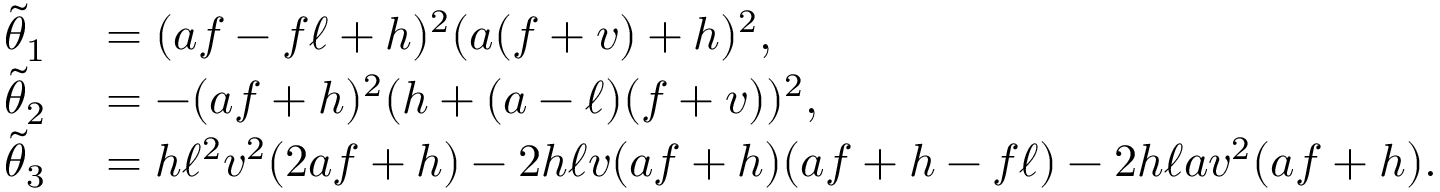
\begin{array} { r l } { \tilde { \theta } _ { 1 } } & { { } = ( a f - f \ell + h ) ^ { 2 } ( a ( f + v ) + h ) ^ { 2 } , } \\ { \tilde { \theta } _ { 2 } } & { { } = - ( a f + h ) ^ { 2 } ( h + ( a - \ell ) ( f + v ) ) ^ { 2 } , } \\ { \tilde { \theta } _ { 3 } } & { { } = h \ell ^ { 2 } v ^ { 2 } ( 2 a f + h ) - 2 h \ell v ( a f + h ) ( a f + h - f \ell ) - 2 h \ell a v ^ { 2 } ( a f + h ) . } \end{array}